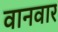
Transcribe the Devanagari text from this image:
वानवार